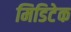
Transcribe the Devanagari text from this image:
मिडिटेक